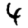
Digit: 4